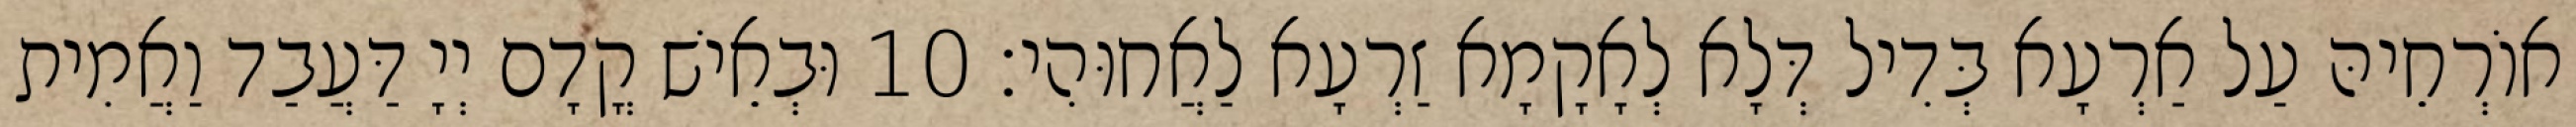
אוֹרְחֵיהּ עַל אַרְעָא בְּדִיל דְּלָא לְאָקָמָא זַרְעָא לַאֲחוּהִי׃ 10 וּבְאֵישׁ קֳדָם יְיָ דַּעֲבַד וַאֲמִית